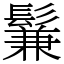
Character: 鬑